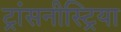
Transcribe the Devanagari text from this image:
ट्रांसनीस्ट्रिया